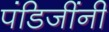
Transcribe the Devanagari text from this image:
पंडिजींनी